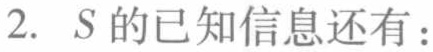
2. \(S\)的已知信息还有：